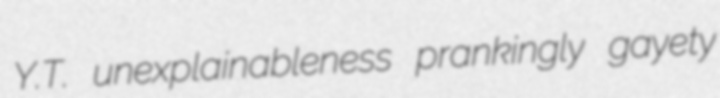
Y.T. unexplainableness prankingly gayety